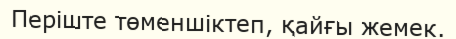
Періште төменшіктеп, қайғы жемек.